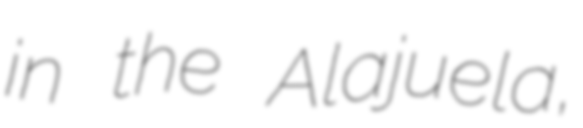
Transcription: in the Alajuela,